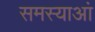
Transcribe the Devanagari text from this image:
समस्याआं